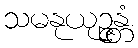
သမနုယုဉ္ဇန္တံ